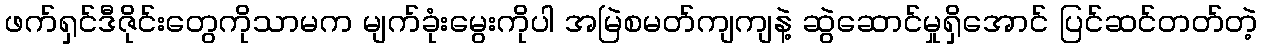
ဖက်ရှင်ဒီဇိုင်းတွေကိုသာမက မျက်ခုံးမွေးကိုပါ အမြဲစမတ်ကျကျနဲ့ ဆွဲဆောင်မှုရှိအောင် ပြင်ဆင်တတ်တဲ့